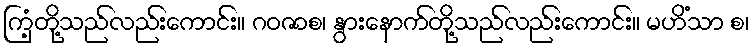
ကြံ့တို့သည်လည်းကောင်း။ ဂဝဇာစ၊ နွားနောက်တို့သည်လည်းကောင်း။ မဟိံသာ စ၊